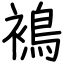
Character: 𧜣